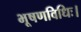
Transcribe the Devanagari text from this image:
भूषणविधिः।